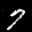
Label: 7